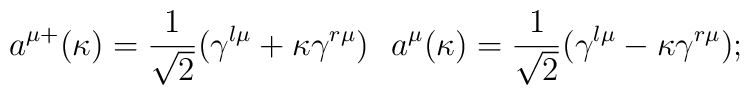
a^{\mu +}(\kappa )=\frac 1{\sqrt{2}}(\gamma ^{l\mu }+\kappa \gamma ^{r\mu})\,\,\,\, a^\mu (\kappa )=\frac 1{\sqrt{2}}(\gamma ^{l\mu }-\kappa \gamma^{r\mu });